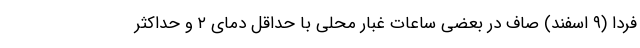
فردا (۹ اسفند) صاف در بعضی ساعات غبار محلی با حداقل دمای ۲ و حداکثر